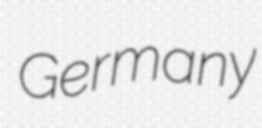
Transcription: Germany